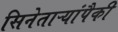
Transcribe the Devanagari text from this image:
सिनेताऱ्यांपैकी